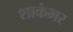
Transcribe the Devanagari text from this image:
शाकंभर